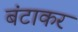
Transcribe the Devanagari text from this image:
बंटाकर